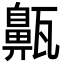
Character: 齀